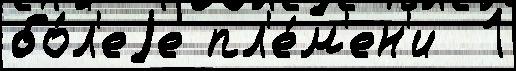
бо́л'еjе пл'е́м'ен'и  1